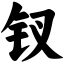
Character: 钗